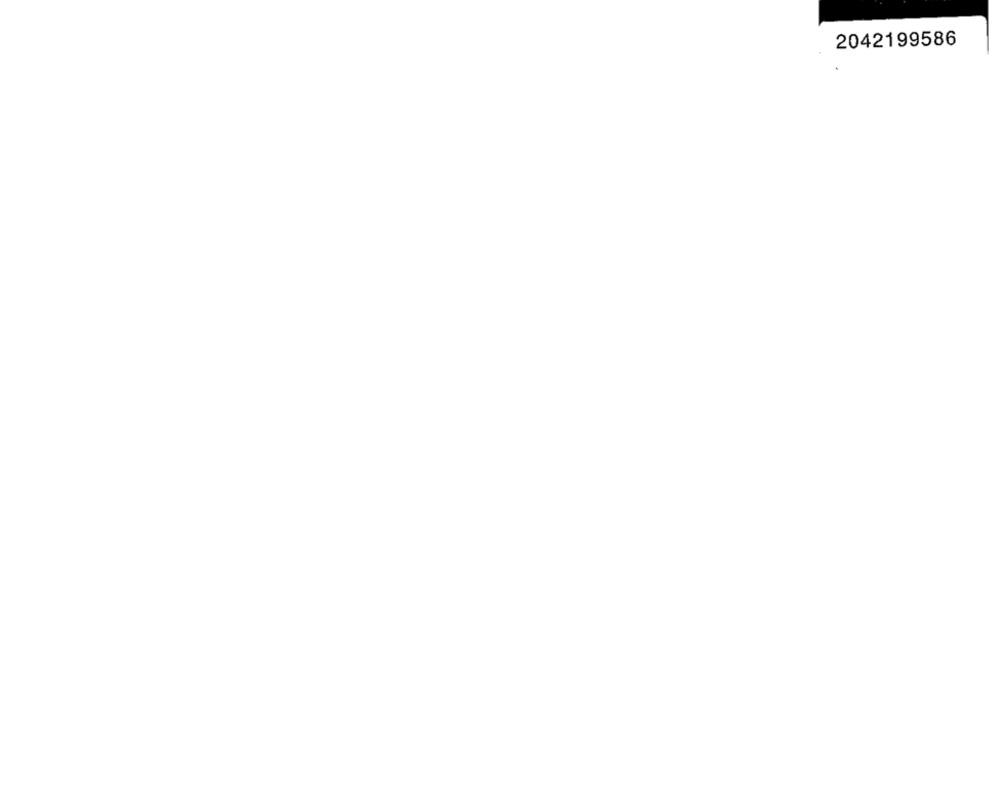
2042199586